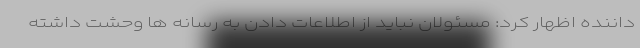
داننده اظهار کرد: مسئولان نباید از اطلاعات دادن به رسانه ها وحشت داشته